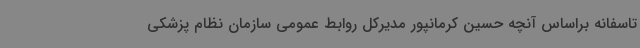
تاسفانه براساس آنچه حسین کرمانپور مدیرکل روابط عمومی سازمان نظام پزشکی